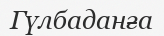
Гүлбаданға